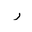
Letter: _ra